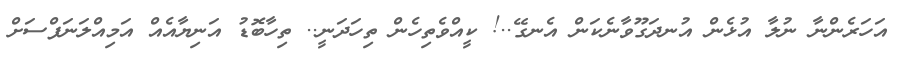
އަހަރެންނާ ނުލާ އުޅެން އުނދަގޫވާނެކަން އެނގޭ..! ކީއްވެތިހެން ތިހަދަނީ.. ތިހާބޮޑު އަނިޔާއެއް އަމިއްލަނަފްސަށް